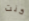
كنت